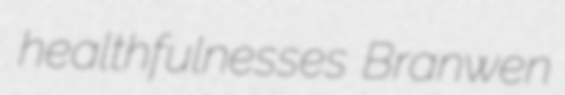
healthfulnesses Branwen